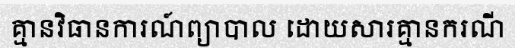
គ្មានវិធានការណ៍ព្យាបាល ដោយសារគ្មានករណី